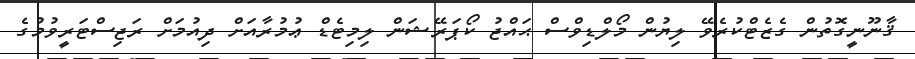
ޤާނޫނީގޮތުން ގެޒެޓްކުރެވޭ ލިޔުން މޯލްޑިވްސް ޙައްޖު ކޯޕަރޭޝަން ލިމިޓެޑް ޢުމުރާއަށް ދިއުމަށް ރަޖިސްޓަރީވުމުގެ